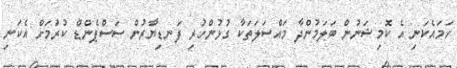
ހަމައެކަނި އެ ކޮމިޝަނުން ބަލަމުންދާ މައްސަލަތަކާ ގުޅުންހުރި ފަނޑިޔާރުން ސަސްޕެންޑް ކުރުަމަށް އެކަނި